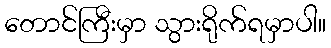
တောင်ကြီးမှာ သွားရိုက်ရမှာပါ။